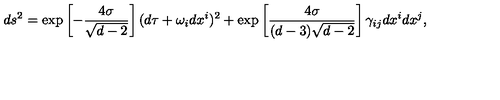
d s ^ { 2 } = \exp \left[ - \frac { 4 \sigma } { \sqrt { d - 2 } } \right] ( d \tau + \omega _ { i } d x ^ { i } ) ^ { 2 } + \exp \left[ \frac { 4 \sigma } { ( d - 3 ) \sqrt { d - 2 } } \right] \gamma _ { i j } d x ^ { i } d x ^ { j } ,